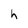
Character: h